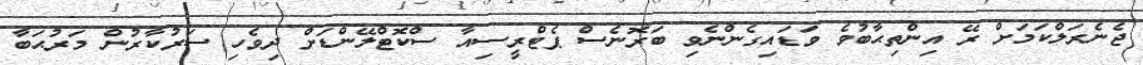
ޖެނެރަލްކަމަށް ރޭ އިންތިޙާބުވެ ވަޑައިގެންނެވި ބަރޮނެސް ޕެޓްރީސިއާ ސްކޮޓްލޭންޑަށް ދިވެހި ސަރުކާރުން މަރުޙަބާ